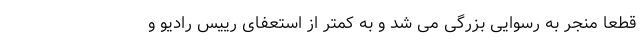
قطعا منجر به رسوایی بزرگی می شد و به کمتر از استعفای رییس رادیو و